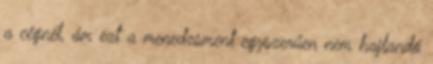
a cégnél, ám ezt a menedzsment egyszerűen nem hajlandó